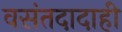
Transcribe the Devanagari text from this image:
वसंतदादाही